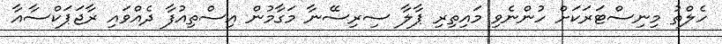
ހެލްތު މިނިސްޓަރަކަށް ހުންނެވި މައިތިރި ޕާލާ ސިރިސޭނާ މަގާމުން އިސްތިއުފާ ދެއްވައި ރާޖަޕަކްސާއާ